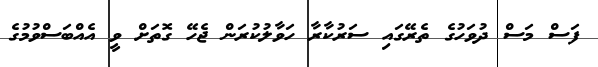
ފަސް މަސް ދުވަހުގެ ތެރޭގައި ސަރުކާރާ ހަވާލުކުރަން ޖެހޭ ގޮތަށް ވީ އެއްބަސްވުމުގެ